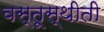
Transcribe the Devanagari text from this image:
वस्तूस्थीती